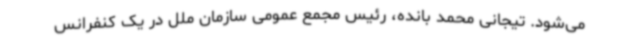
می‌شود. تیجانی محمد بانده، رئیس مجمع عمومی سازمان ملل در یک کنفرانس